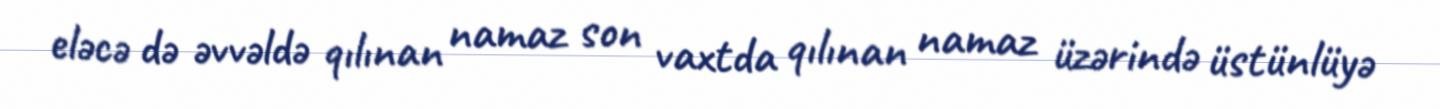
eləcə də əvvəldə qılınan namaz son vaxtda qılınan namaz üzərində üstünlüyə